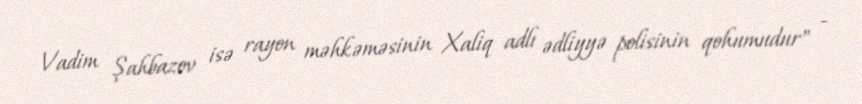
Vadim Şahbazov isə rayon məhkəməsinin Xaliq adlı ədliyyə polisinin qohumudur" -